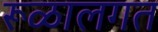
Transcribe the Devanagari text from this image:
रूळालगत